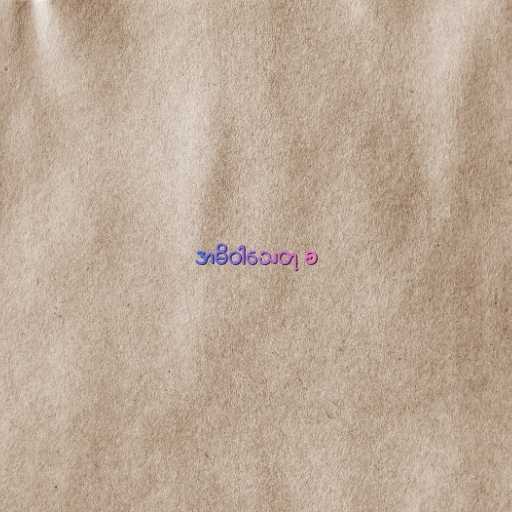
အဓိဝါသေတု စ